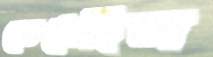
ভেঙেছিল